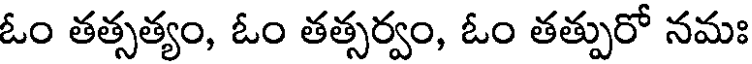
ఓం తత్సత్యం, ఓం తత్సర్వం, ఓం తత్పురో నమః